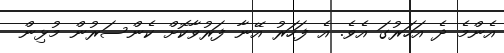
އެންމެ ދެ އަހަރުގަ އެވެ. އެ ފަހަރު އޭނާ ފަރުވާކޮށް ކެންސަރުން މުޅިން